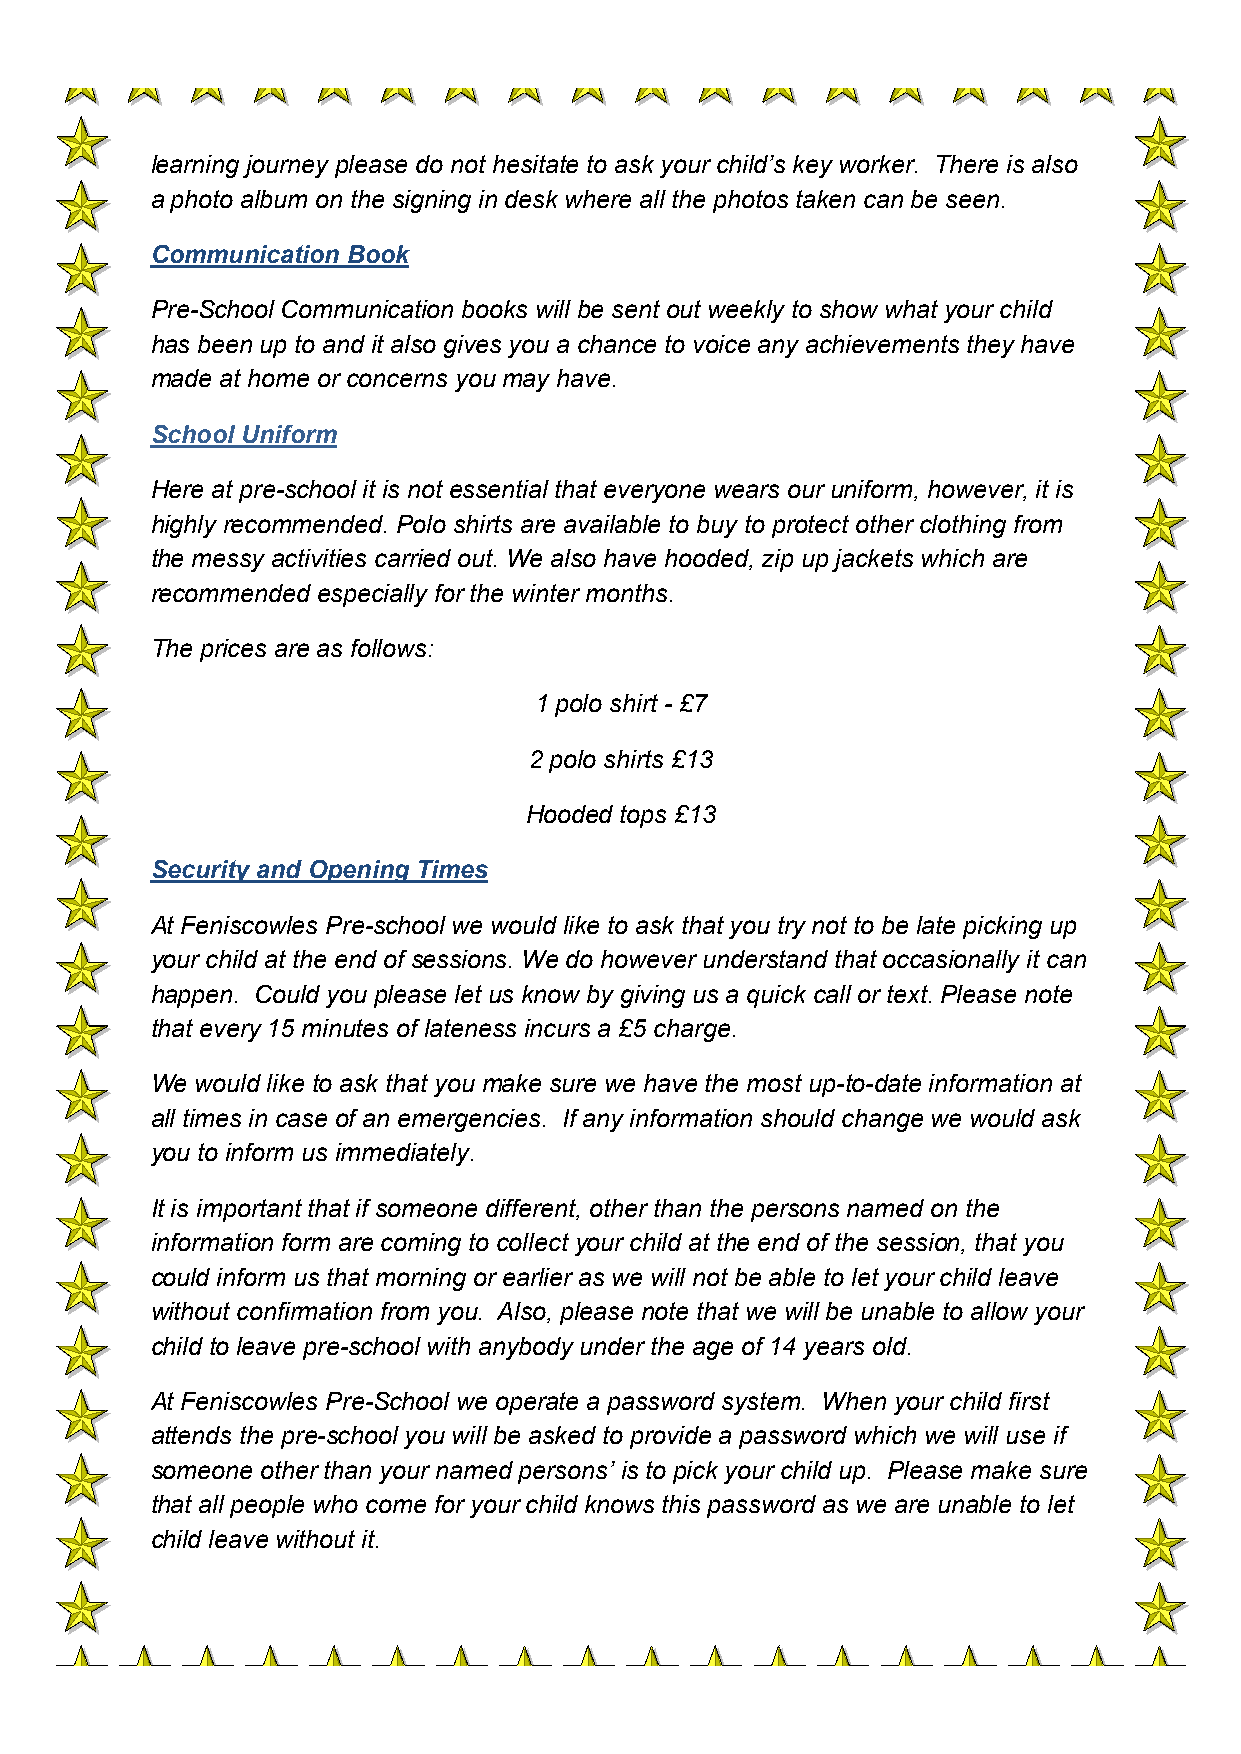
learning journey please do not hesitate to ask your child’s key worker. There is also
 a photo album on the signing in desk where all the photos taken can be seen.
 Communication Book
 Pre-School Communication books will be sent out weekly to show what your child
 has been up to and it also gives you a chance to voice any achievements they have
 made at home or concerns you may have.
 School Uniform
 Here at pre-school it is not essential that everyone wears our uniform, however, it is
 highly recommended. Polo shirts are available to buy to protect other clothing from
 the messy activities carried out. We also have hooded, zip up jackets which are
 recommended especially for the winter months.
 The prices are as follows:
 1 polo shirt - £7
 2 polo shirts £13
 Hooded tops £13
 Security and Opening Times
 At Feniscowles Pre-school we would like to ask that you try not to be late picking up
 your child at the end of sessions. We do however understand that occasionally it can
 happen. Could you please let us know by giving us a quick call or text. Please note
 that every 15 minutes of lateness incurs a £5 charge.
 We would like to ask that you make sure we have the most up-to-date information at
 all times in case of an emergencies. If any information should change we would ask
 you to inform us immediately.
 It is important that if someone different, other than the persons named on the
 information form are coming to collect your child at the end of the session, that you
 could inform us that morning or earlier as we will not be able to let your child leave
 without confirmation from you. Also, please note that we will be unable to allow your
 child to leave pre-school with anybody under the age of 14 years old.
 At Feniscowles Pre-School we operate a password system. When your child first
 attends the pre-school you will be asked to provide a password which we will use if
 someone other than your named persons’ is to pick your child up. Please make sure
 that all people who come for your child knows this password as we are unable to let
 child leave without it.